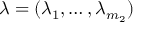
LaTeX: \lambda = ( \lambda _ { 1 } , \ldots , \lambda _ { m _ { 2 } } )